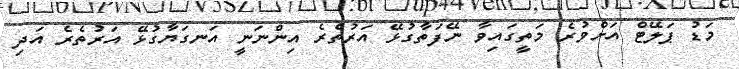
މަޑު ޕަލޭޓް އަށްވުރެ މަތީގައިވާ ނޭފަތާގުޅޭ އަރުތެރެ އިންނަނީ އަނގަޔާގުޅޭ އަރުތެރެ އަދި